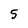
Character: 5